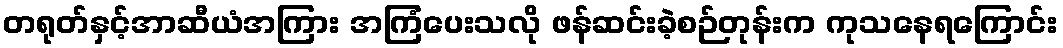
တရုတ်နှင့်အာဆီယံအကြား အကြံပေးသလို ဖန်ဆင်းခဲ့စဉ်တုန်းက ကုသနေရကြောင်း